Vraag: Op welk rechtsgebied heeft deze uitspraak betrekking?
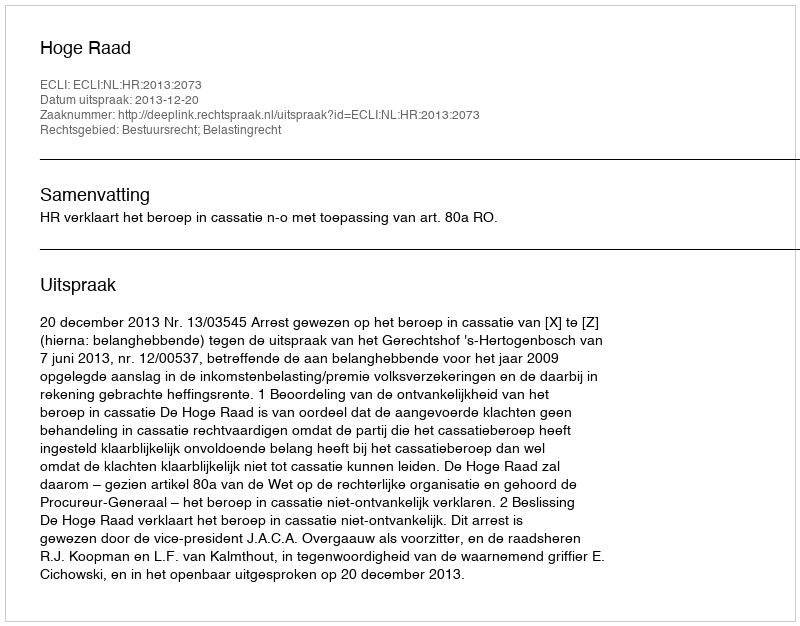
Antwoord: Bestuursrecht; Belastingrecht